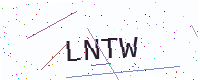
Text: LNTW